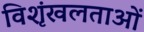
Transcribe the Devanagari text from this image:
विशृंखलताओं